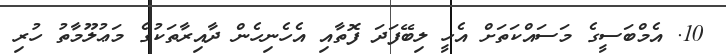
10. އެމްބަސީގެ މަސައްކަތަށް އެހީ ލިބޭފަދަ ފޮތާއި އެހެނިހެން ދާއިރާތަކުގެ މަޢުލޫމާތު ހުރި